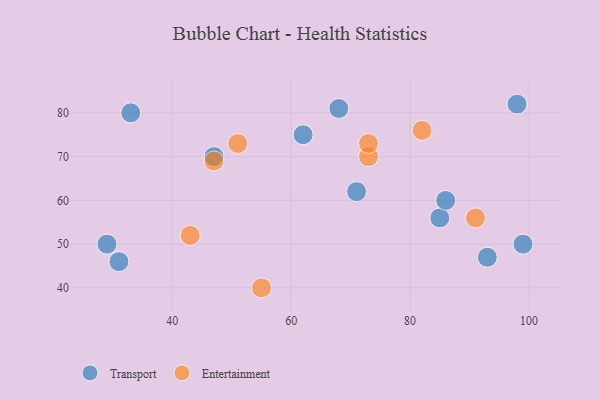
{"axis": {"x": "GDP", "y": "Life Expectancy"}, "legend": ["Entertainment", "Transport"], "data": [{"x": "33", "y": 80, "type": "Transport"}, {"x": "85", "y": 56, "type": "Transport"}, {"x": "31", "y": 46, "type": "Transport"}, {"x": "62", "y": 75, "type": "Transport"}, {"x": "99", "y": 50, "type": "Transport"}, {"x": "98", "y": 82, "type": "Transport"}, {"x": "71", "y": 62, "type": "Transport"}, {"x": "68", "y": 81, "type": "Transport"}, {"x": "86", "y": 60, "type": "Transport"}, {"x": "93", "y": 47, "type": "Transport"}, {"x": "47", "y": 70, "type": "Transport"}, {"x": "29", "y": 50, "type": "Transport"}, {"x": "73", "y": 70, "type": "Entertainment"}, {"x": "51", "y": 73, "type": "Entertainment"}, {"x": "47", "y": 69, "type": "Entertainment"}, {"x": "73", "y": 73, "type": "Entertainment"}, {"x": "91", "y": 56, "type": "Entertainment"}, {"x": "55", "y": 40, "type": "Entertainment"}, {"x": "43", "y": 52, "type": "Entertainment"}, {"x": "82", "y": 76, "type": "Entertainment"}]}